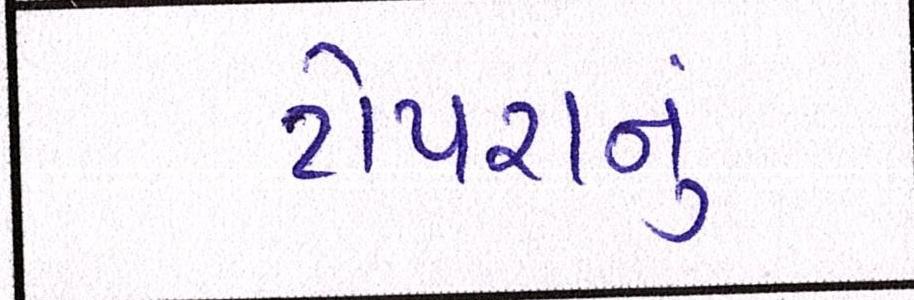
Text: ટોપરાનું